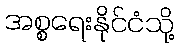
အစ္စရေးနိုင်ငံသို့